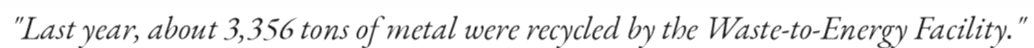
"Last year, about 3,356 tons of metal were recycled by the Waste-to-Energy Facility."